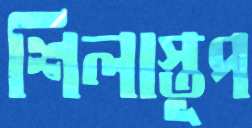
শিলাস্তূপ